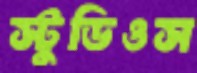
স্টুডিওস